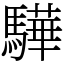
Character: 驊